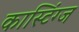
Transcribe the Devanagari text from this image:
कास्टिंग्ज